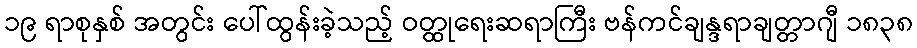
၁၉ ရာစုနှစ် အတွင်း ပေါ်ထွန်းခဲ့သည့် ဝတ္ထုရေးဆရာကြီး ဗန်ကင်ချန္ဒရာချတ္တာဂျီ ၁၈၃၈